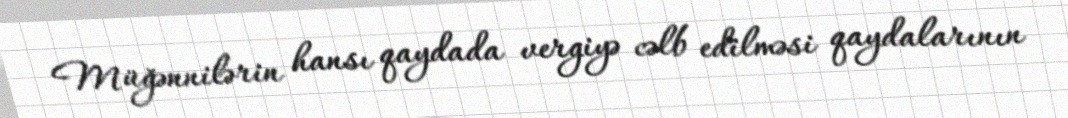
Müğənnilərin hansı qaydada vergiyə cəlb edilməsi qaydalarının